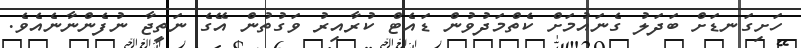
ހަށިގަނޑަށް ބަދަލު ގެނައުމަށް ކެތްމަދުވުން ޑައެޓް ކުރާއިރު ވަގުތުން އޭގެ ނަތީޖާ ނުފެންނާނެއެވެ.